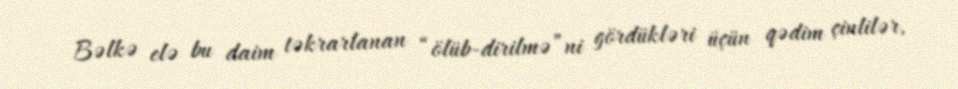
Bəlkə elə bu daim təkrarlanan “ölüb-dirilmə”ni gördükləri üçün qədim çinlilər,